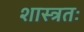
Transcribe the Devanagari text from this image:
शास्त्रतः